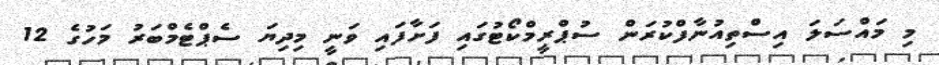
މި މައްސަލަ އިސްތިއުނާފްކުރަން ސުޕްރީމްކޯޓުގައި ފަށާފައި ވަނީ މިދިޔަ ސެޕްޓެމްބަރު މަހުގެ 12